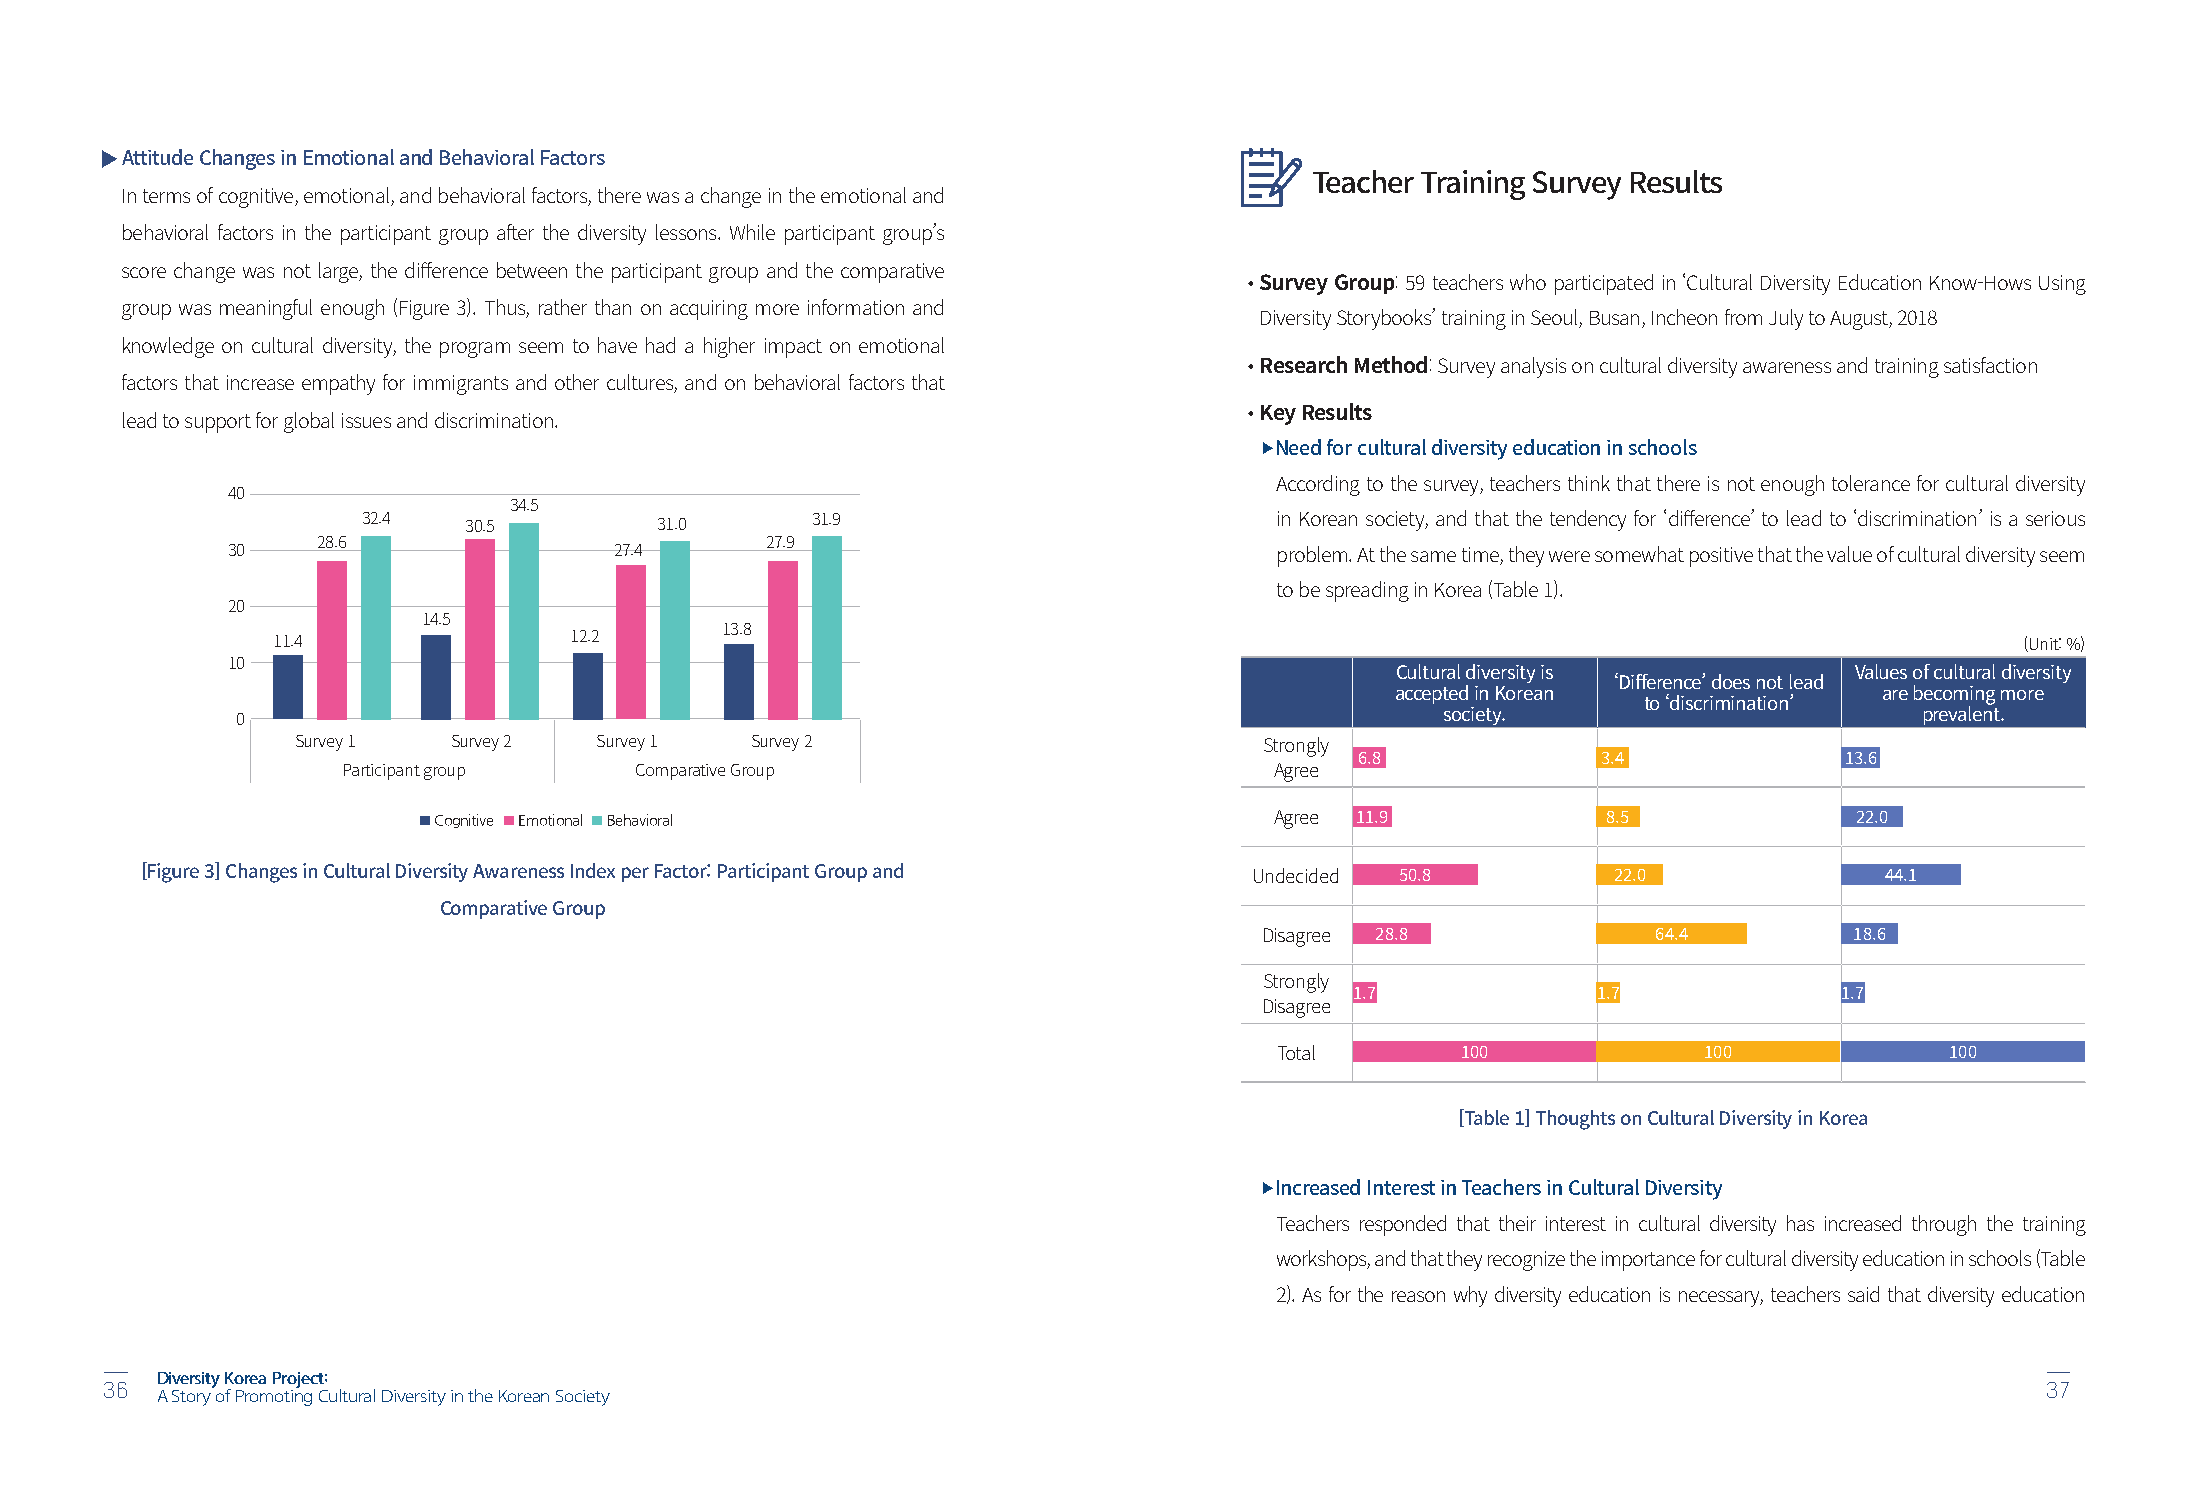
▶
 Attitude Changes in Emotional and Behavioral Factors
 Teacher Training Survey Results
 In terms of cognitive, emotional, and behavioral factors, there was a change in the emotional and
 behavioral factors in the participant group after the diversity lessons. While participant group’s
 score change was not large, the difference between the participant group and the comparative •
 Survey Group: 59 teachers who participated in ‘Cultural Diversity Education Know-Hows Using
 group was meaningful enough (Figure 3). Thus, rather than on acquiring more information and
 Diversity Storybooks’ training in Seoul, Busan, Incheon from July to August, 2018
 knowledge on cultural diversity, the program seem to have had a higher impact on emotional •
 Research Method: Survey analysis on cultural diversity awareness and training satisfaction
 factors that increase empathy for immigrants and other cultures, and on behavioral factors that
 •
 Key Results
 lead to support for global issues and discrimination.
 ▶
  Need for cultural diversity education in schools
 According to the survey, teachers think that there is not enough tolerance for cultural diversity
 40
 34.5
 32.4   30.5        31.0       31.9                          in Korean society, and that the tendency for ‘difference’ to lead to ‘discrimination’ is a serious
 28.6                          27.9
 30                        27.4                                       problem. At the same time, they were somewhat positive that the value of cultural diversity seem
 to be spreading in Korea (Table 1).
 20
 14.5
 13.8
 11.4                12.2                                                                                            (Unit: %)
 10
 Cultural diversity is          Values of cultural diversity
 ‘Difference’ does not lead
 accepted in Korean               are becoming more
 to ‘discrimination’
 0                                                                               society.                       prevalent.
 Survey 1  Survey 2 Survey 1   Survey 2                          Strongly
 6.8             3.4             13.6
 Participant group  Comparative Group                         Agree
 ■ Cognitive ■ Emotional ■ Behavioral
 Agree 11.9            8.5              22.0
 [Figure 3] Changes in Cultural Diversity Awareness Index per Factor: Participant Group and Undecided 50.8 22.0      44.1
 Comparative Group
 Disagree 28.8             64.4         18.6
 Strongly
 1.7             1.7             1.7
 Disagree
 Total        100             100             100
 [Table 1] Thoughts on Cultural Diversity in Korea
 ▶
  Increased Interest in Teachers in Cultural Diversity
 Teachers responded that their interest in cultural diversity has increased through the training
 workshops, and that they recognize the importance for cultural diversity education in schools (Table
 2). As for the reason why diversity education is necessary, teachers said that diversity education
 Diversity Korea Project:
 36                                                                                                                              37
 A Story of Promoting Cultural Diversity in the Korean Society